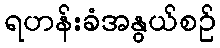
ရဟန်းခံအနွယ်စဉ်